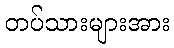
တပ်သားများအား